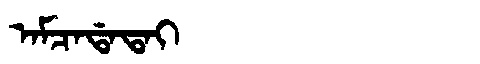
Manchu: ᠠᠮᠴᠠᡩᠠᡨᠠᡳ
Romanization: AMCADATAI